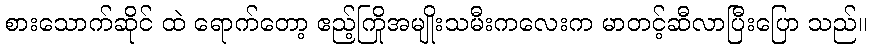
စားသောက်ဆိုင် ထဲ ရောက်တော့ ဧည့်ကြိုအမျိုးသမီးကလေးက မာတင့်ဆီလာပြီးပြော သည်။